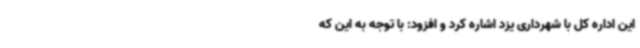
این اداره کل با شهرداری یزد اشاره کرد و افزود:‌ با توجه به این که